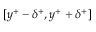
[ y ^ { + } - \delta ^ { + } , y ^ { + } + \delta ^ { + } ]